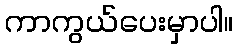
ကာကွယ်ပေးမှာပါ။